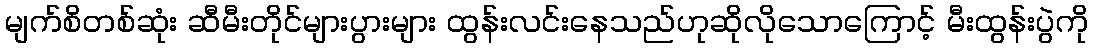
မျက်စိတစ်ဆုံး ဆီမီးတိုင်များပွားများ ထွန်းလင်းနေသည်ဟုဆိုလိုသောကြောင့် မီးထွန်းပွဲကို